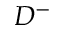
D ^ { - }